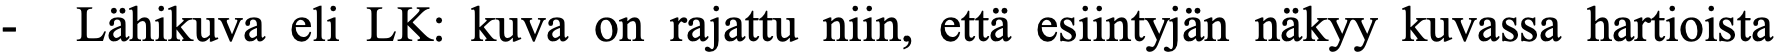
- Lähikuva eli LK: kuva on rajattu niin, että esiintyjän näkyy kuvassa hartioista